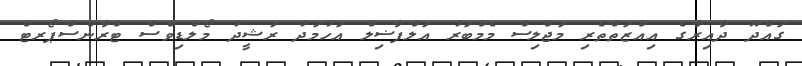
ގައްދޫ ދާއިރާގެ އިއްޒަތްތެރި މަޖްލިސް މެމްބަރު އަލްފާޟިލް އަހުމަދު ރަޝީދު މޯލްޑިވްސް ޓްރާންސްޕޯރޓް